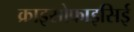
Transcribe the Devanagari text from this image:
क्राइसोफाइसिई